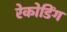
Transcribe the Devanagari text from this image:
रेकोडिंग